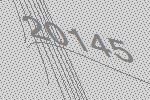
20145